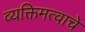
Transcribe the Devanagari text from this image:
व्यक्तिमत्वाचे